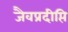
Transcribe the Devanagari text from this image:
जैवप्रदीप्ति